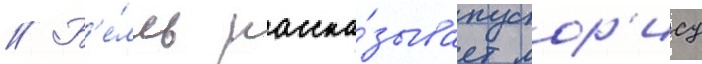
// Б'е́лль расска́зывает мор'ису